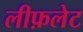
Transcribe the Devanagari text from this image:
लीफ़लेट